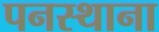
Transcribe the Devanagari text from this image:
पनस्थाना